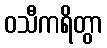
ဝသီကရိတွာ